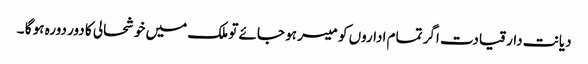
دیانت دار قیادت اگر تمام اداروں کو میسر ہو جائے تو ملک میں خوشحالی کا دور دورہ ہو گا ۔